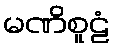
မဏိစူဠံ